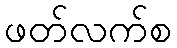
ဖတ်လက်စ